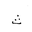
Letter: _tha